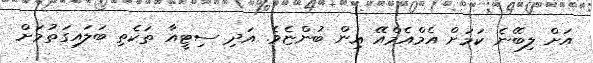
އަށް ލިބޭނެ ކަމަށް އެމްއެމްއޭ އިން ބުންޏެވެ. އަދި ސިޓީއާ ތަކެތި ބަލައިގަތުމަށް